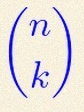
\binom{n}{k}